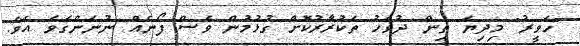
"ހަވީރު" މިދިޔަ ތިން ދުވަހު ތަކުރާރުކޮށް ގުޅުމުން ވެސް ފޯނެއް ނުނަންގަވަ އެވެ.